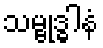
သမ္ဗုဒ္ဓါနံ